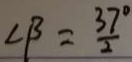
\angle \beta = \frac { 3 7 } { 2 } ^ { \circ }